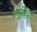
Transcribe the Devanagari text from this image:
शैलींवर